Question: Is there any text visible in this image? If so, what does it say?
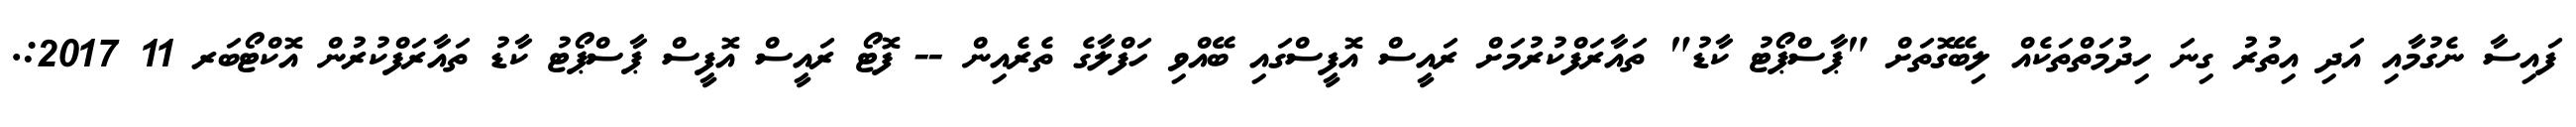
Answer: ފައިސާ ނެގުމާއި އަދި އިތުރު ގިނަ ހިދުމަތްތަކެއް ލިބޭގޮތަށް "ޕާސްޕޯޓު ކާޑު" ތައާރަފްކުރުމަށް ރައީސް އޮފީސްގައި ބޭއްވި ހަފްލާގެ ތެރެއިން -- ފޮޓޯ ރައީސް އޮފީސް ޕާސްޕޯޓު ކާޑު ތައާރަފްކުރުން އޮކްޓޯބަރ 11 2017:.